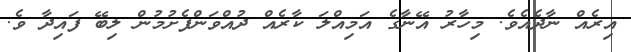
އިރެއް ނާދެއެވެ. މިހާރު އޭނާގެ އަމިއްލަ ކާރެއް ދުއްވަންފެށުމުން ލިބޭ ފައިދާ ވެ.